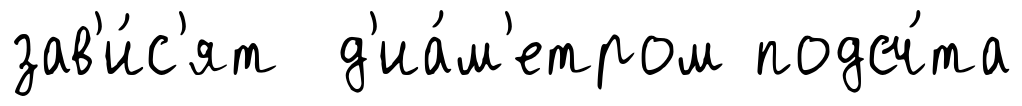
зав'и́с'ят д'иа́м'етром подсч́та